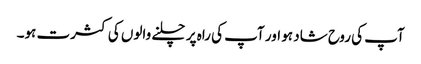
آپ کی روح شاد ہو اور آپ کی راہ پر چلنے والوں کی کثرت ہو۔